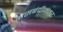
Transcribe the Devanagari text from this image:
नसबंदीनंतर